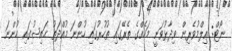
ނޯޓް: ޢިލްމުވެރިން ވިދާޅުވަނީ މަހެއްގެ ތެރޭގައި ޠުހުރުގައި ހުންނަ މުއްދަތު ޙައިޟުގައި ހުންނަ